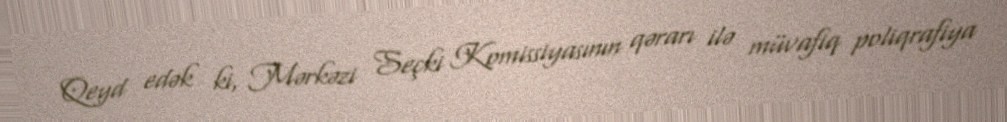
Qeyd edək ki, Mərkəzi Seçki Komissiyasının qərarı ilə müvafiq poliqrafiya